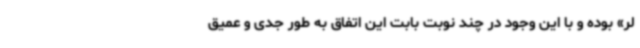
لر» بوده و با این وجود در چند نوبت بابت این اتفاق به‌ طور جدی و عمیق